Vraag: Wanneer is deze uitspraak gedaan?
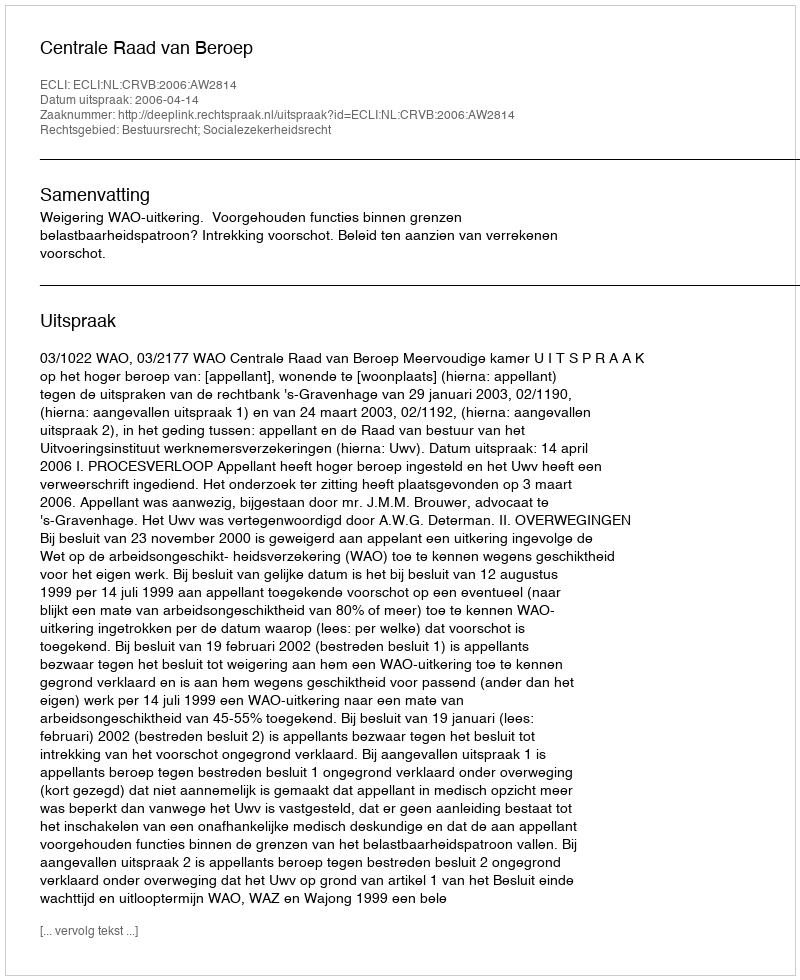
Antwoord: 2006-04-14